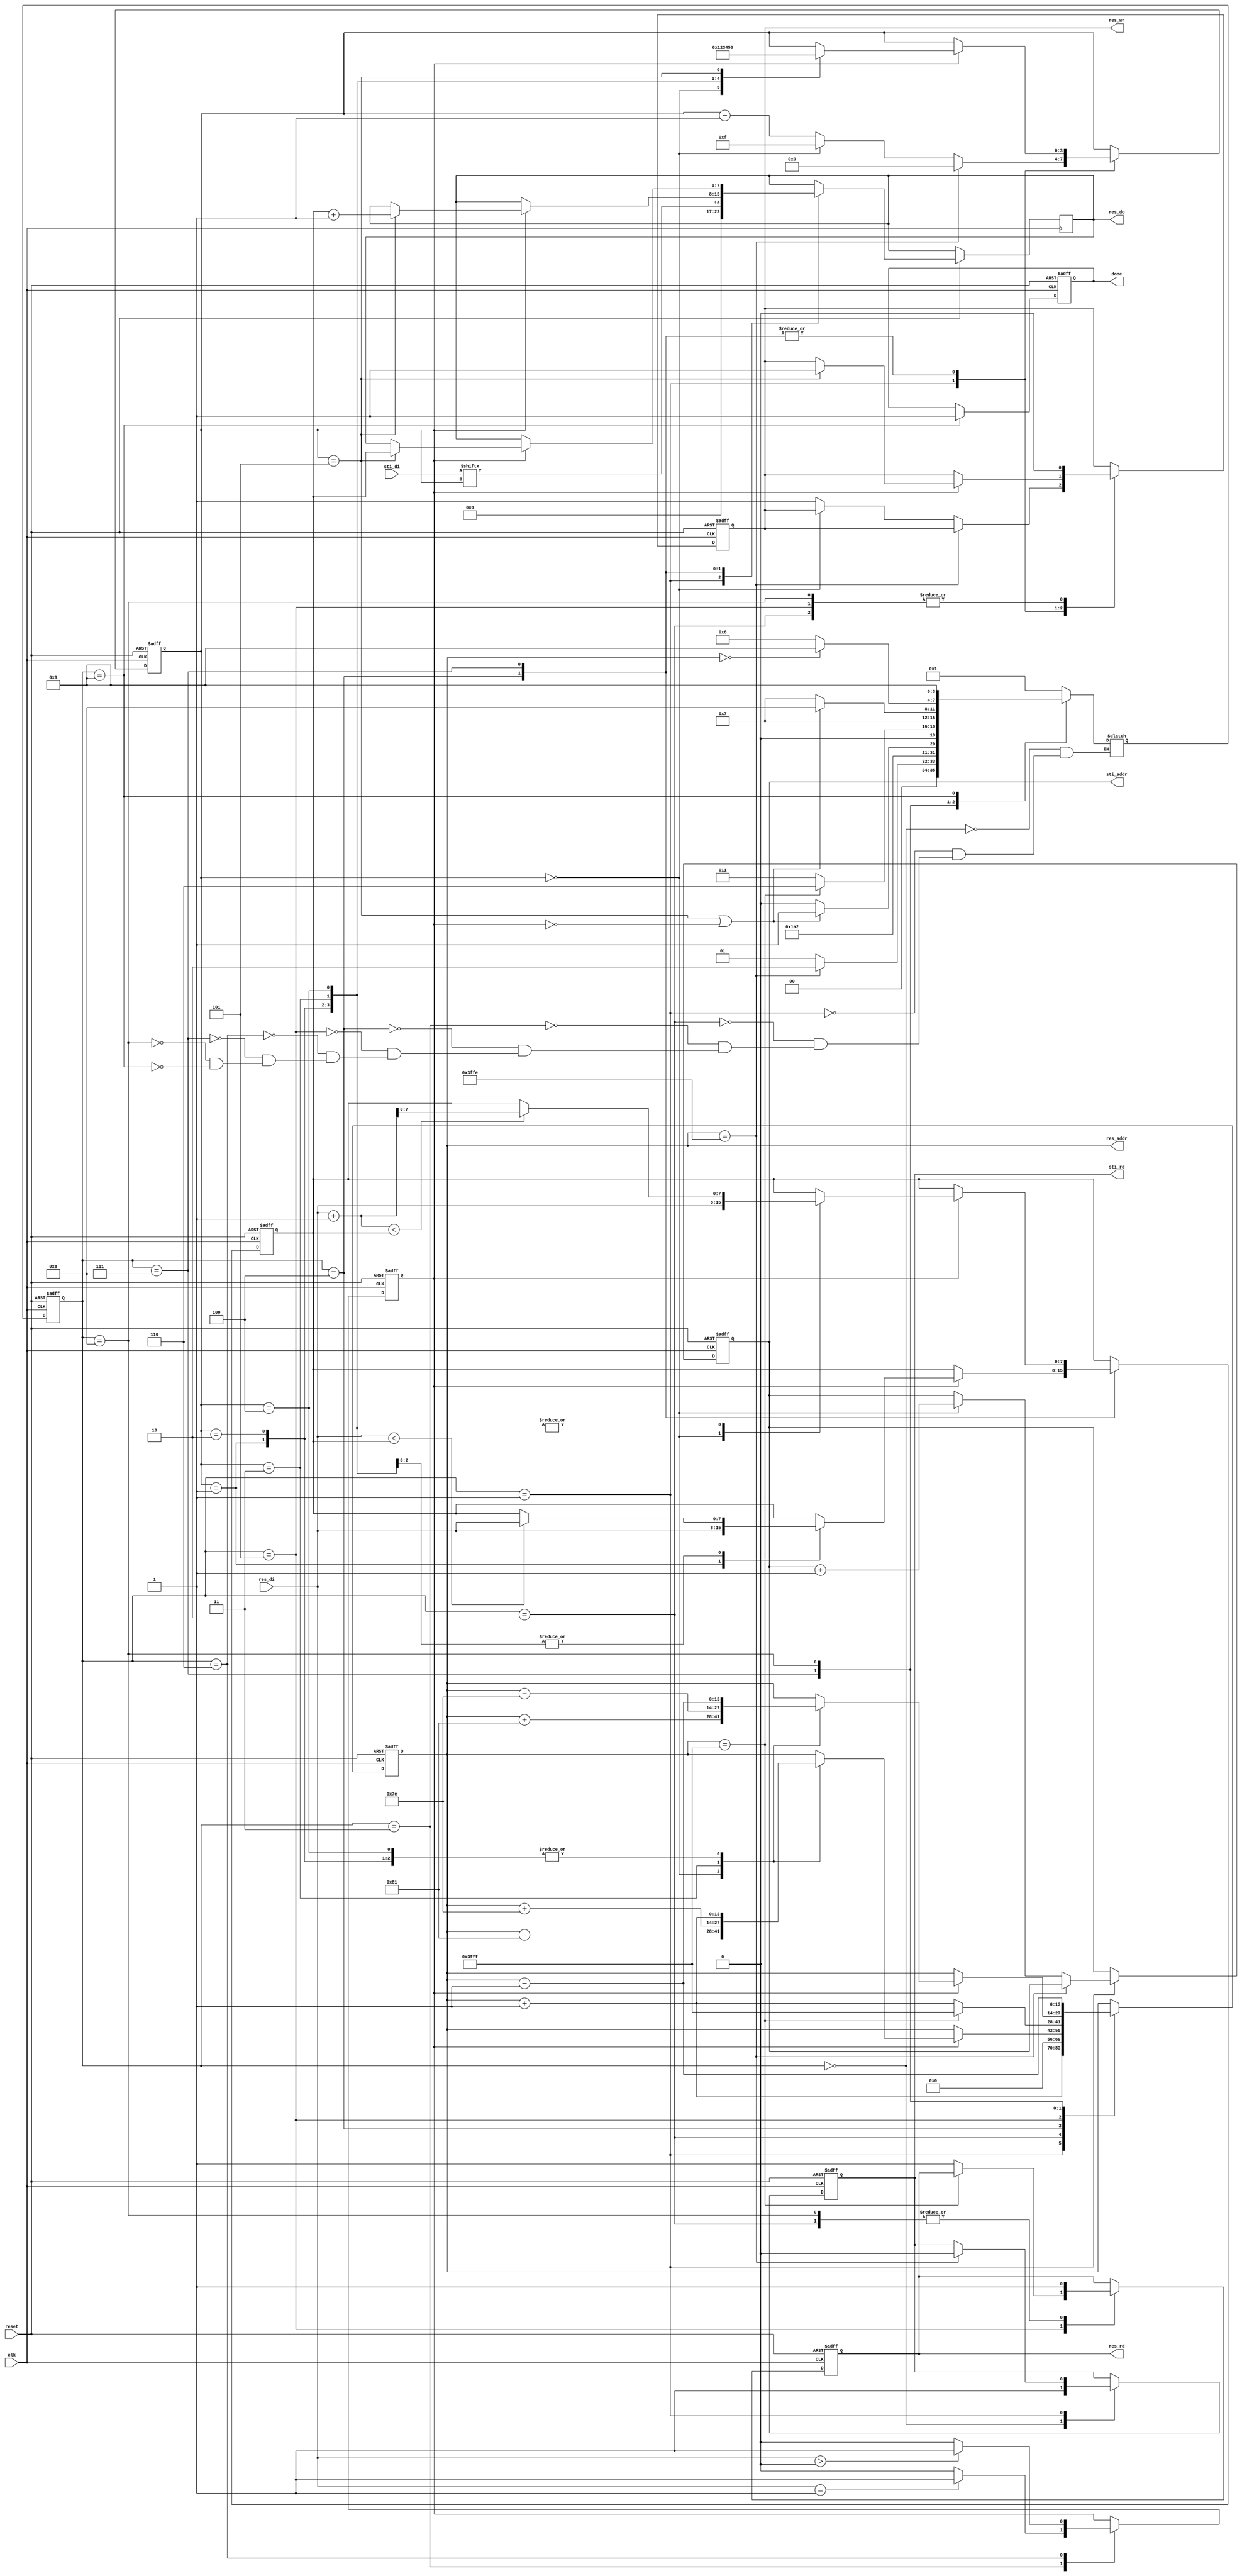
module DT(
	input 			clk, 
	input			reset,
	output	reg		done ,
	output	reg		sti_rd ,
	output	reg 	[9:0]	sti_addr ,
	input		[15:0]	sti_di,
	output	reg		res_wr ,
	output	reg		res_rd ,
	output	reg 	[13:0]	res_addr ,
	output	reg 	[7:0]	res_do,
	input		[7:0]	res_di
	);


reg [3:0] state;
reg [3:0] NextState;
reg [3:0] count;
reg [7:0] temp;
reg object;




parameter Initialize_Read = 0;
parameter Initialize_Write = 1;
parameter Initialize_Done = 2;
parameter Forward_Read = 3;
parameter Forward_Write = 4;
parameter Forward_Done = 5;
parameter Backward_Read = 6;
parameter Backward_Write = 7;
parameter Backward_Done = 8;
parameter Finish = 9;


//Sequential Circuit
always@(posedge clk or negedge reset)
begin
	if(!reset)
	begin
		state <= Initialize_Read;
		count <= 15;
		done <= 0;
		sti_rd <= 0;
		sti_addr <= 0;
		res_rd <= 0;
		res_wr <= 0;
		res_addr <= 16383;
		temp <= 0;
		object <= 0;
	end
	else 
	begin
		 state <= NextState;

         case(state)

		 Initialize_Read: begin
                              sti_rd <= 1;
						  end

		 

		 Initialize_Write: begin
			                   if(res_addr == 16382)
							   begin
								   res_addr <= res_addr + 1;
                                   res_do <= sti_di[count];
						           sti_rd <= 0;
                                   count <= 0;
							   end
			                   else if(count == 0)
							   begin
								   res_do <= sti_di[count];
                                   res_addr <= res_addr + 1;
								   sti_addr <= sti_addr + 1;
                                   count <= 15;
							   end
							   else
							   begin
                                    res_wr <= 1;
									res_do <= sti_di[count];
                                    res_addr <= res_addr + 1;
									count <= count - 1;
							   end
		                   end

		Initialize_Done:begin
                           res_wr <= 0;
						   res_rd <= 1;
						   res_addr <= 0;
		                end	

		Forward_Read:begin
                         if(res_di == 1)
						    object <= 1;
						 else
						    object <= 0;
		             end

        Forward_Write:begin
						if(object == 1)
						begin
                            case(count)
							0:begin
							     res_addr <= res_addr - 129;
								 count <= 1;
							  end

							1: begin
                                  temp <= res_di;
								  res_addr <= res_addr + 1;
								  count <= 2;
							   end
							2: begin
                                  temp <= (res_di < temp ? res_di : temp);
								  res_addr <= res_addr + 1;
								  count <= 3;
						       end

							3: begin
                                  temp <= (res_di < temp ? res_di : temp);
								  res_addr <= res_addr + 126;
								  count <= 4;
							   end

							4: begin
                                  temp <= (res_di < temp? res_di : temp);
								  res_addr <= res_addr + 1;
								  count <= 5;
							   end

							5: begin
								  res_wr <= 1;
                                  res_do <= temp + 1;
								  count <= 0;
							   end
							endcase
						end
		              end

		 Forward_Done: begin
			              if(res_addr == 16383)
						  begin
							 res_wr <= 0;
                             res_addr <= 16383;
						  end
						  else
						  begin
			                res_wr <= 0;
						    res_rd <= 1;
			                res_addr <= res_addr + 1;
						  end
		               end

		 Backward_Read: begin
                          if(res_di > 0)
						      object <= 1;
						  else
						      object <= 0;
		                end

		 Backward_Write: begin
						if(object == 1)
						begin
                            case(count)
							0:begin
								 temp <= res_di;
							     res_addr <= res_addr + 129;
								 count <= 1;
							  end

							1: begin
                                  temp <= ((res_di+1) < temp ? (res_di+1) : temp);
								  res_addr <= res_addr - 1;
								  count <= 2;
							   end
							2: begin
                                  temp <= ((res_di+1) < temp ? (res_di+1) : temp);
								  res_addr <= res_addr - 1;
								  count <= 3;
						       end

							3: begin
                                  temp <= ((res_di+1) < temp ? (res_di+1) : temp);
								  res_addr <= res_addr - 126;
								  count <= 4;
							   end

							4: begin
                                  temp <= ((res_di+1) < temp ? (res_di+1) : temp);
								  res_addr <= res_addr - 1;
								  count <= 5;
							   end

							5: begin
								  res_wr <= 1;
                                  res_do <= temp;
								  count <= 0;
							   end
							endcase
						end
		                end

		 Backward_Done: begin
			                res_wr <= 0;
						    res_rd <= 1;
			                res_addr <= res_addr - 1;
		                end

		Finish: begin
                     done <= 1;
		        end
	     endcase
	end
end



//State Machine
always@(*)
begin
	case(state)
	Initialize_Read:begin
		              NextState = Initialize_Write;
	                end

	Initialize_Write:begin
                       if(res_addr == 16382)
					      NextState = Initialize_Done;
					   else
					      NextState = Initialize_Write;
	                 end

	Initialize_Done:begin
                         NextState = Forward_Read;
	                end

    Forward_Read:begin
		             NextState = Forward_Write;
				 end

    Forward_Write:begin
                      if(count == 5 || object == 0)
                        NextState = Forward_Done;
					  else
					    NextState = Forward_Write;
	              end

    Forward_Done:begin
		             if(res_addr == 16383)
					   NextState = Backward_Read;
					 else
		               NextState = Forward_Read;
	             end

    Backward_Read: begin
                       NextState = Backward_Write;
	               end

	Backward_Write: begin
                        if(count == 5 || object == 0)
						  NextState = Backward_Done;
						else
						  NextState = Backward_Write;
	                end

	Backward_Done: begin
                       if(res_addr == 0)
					     NextState = Finish;
					   else
					     NextState = Backward_Read;
	               end

	Finish:begin
		       NextState = Finish;
	       end

	default: begin
                  NextState = NextState;
	         end

	endcase
end



endmodule